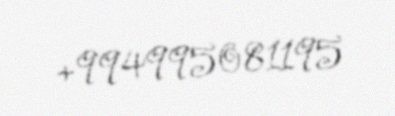
+994995081195